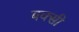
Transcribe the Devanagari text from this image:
बक्सी